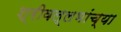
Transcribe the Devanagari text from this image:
श्रीवल्लभांच्या